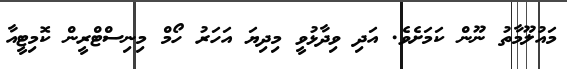
މައުލޫމާތު ނޫން ކަމަށެވެ. އަދި ވިދާޅުވީ މިދިޔަ އަހަރު ހޯމް މިނިސްޓްރީން ކޮމިޓީއާ